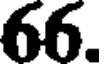
66.